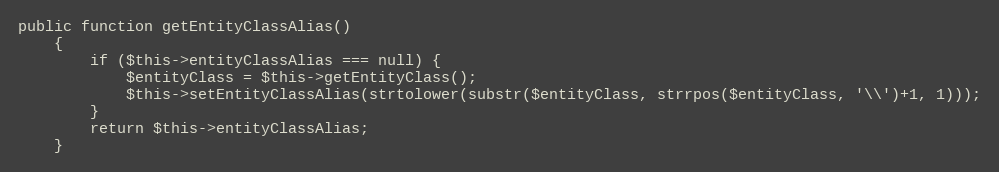
Language: PHP
public function getEntityClassAlias()
    {
        if ($this->entityClassAlias === null) {
            $entityClass = $this->getEntityClass();
            $this->setEntityClassAlias(strtolower(substr($entityClass, strrpos($entityClass, '\\')+1, 1)));
        }
        return $this->entityClassAlias;
    }